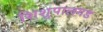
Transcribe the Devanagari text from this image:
शिशुपालगड